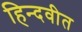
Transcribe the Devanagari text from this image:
हिन्दवीत